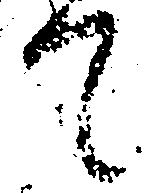
て